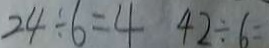
2 4 \div 6 = 4 4 2 \div 6 =